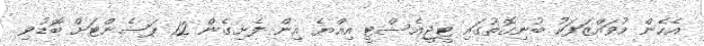
އެހެން މުވައްޒަފަކު ބުނިގޮތުގައި ޓީޖީއެސްޓީ އިއްޔެ އިން ފެށިގެން 12 ޕަސެންޓަށް ބޮޑުވި